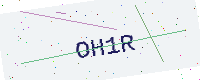
Text: OH1R